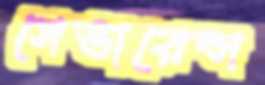
সেভারেন্স